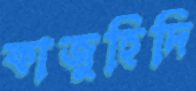
কাজুহিদি